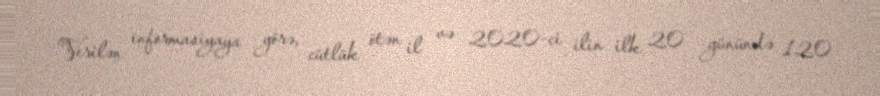
Verilən informasiyaya görə, cütlük ötən il və 2020-ci ilin ilk 20 günündə 120